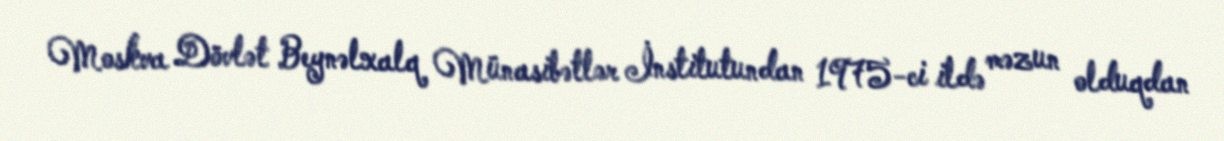
Moskva Dövlət Beynəlxalq Münasibətlər İnstitutundan 1975-ci ildə məzun olduqdan